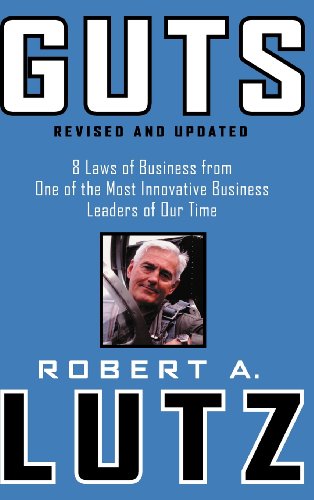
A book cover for Guts: 8 Laws of Business from One of the Most Innovative Business Leaders of Our Time; Robert A. Lutz; Business & Money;